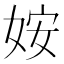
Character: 姲